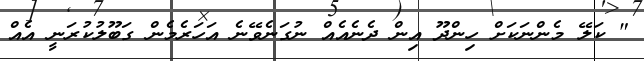
" ކަލޭ މެންނަކަށް ހިންދޫ އިން ދެނެއެއް ނުގަނެވޭނެ އަހަރެމެން ގަބޫލުކުރަނީ އެއް